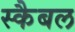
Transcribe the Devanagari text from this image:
स्कैबल